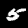
Digit: 5